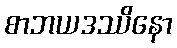
စာဘယဒဿိနော